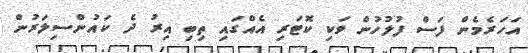
އަހަރެމެން ފަސް ފުލުހުން ވަކި ކޮޓަރި އެއްގައި ތިބި އިރު ދެ ކައުންސިލަރުން